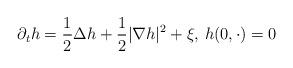
LaTeX: \begin{align*}\partial_t h=\frac{1}{2}\Delta h+\frac{1}{2}|\nabla h|^2+\xi,\,h(0,\cdot)=0\end{align*}